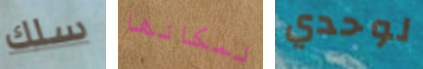
سلك لمكانها لوحدي